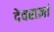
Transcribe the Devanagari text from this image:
देवराज्ञां